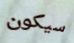
سيكون